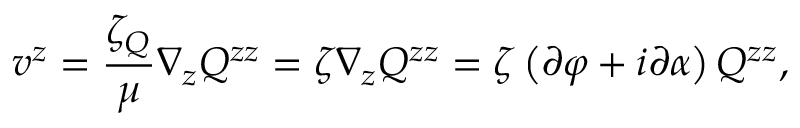
v ^ { z } = \frac { \zeta _ { Q } } { \mu } \nabla _ { z } Q ^ { z z } = \zeta \nabla _ { z } Q ^ { z z } = \zeta \left( \partial \varphi + i \partial \alpha \right) Q ^ { z z } ,